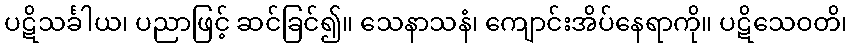
ပဋိသင်္ခါယ၊ ပညာဖြင့် ဆင်ခြင်၍။ သေနာသနံ၊ ကျောင်းအိပ်နေရာကို။ ပဋိသေဝတိ၊